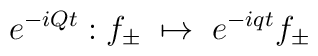
e^{-iQt} :        f_\pm  \; \mapsto \; e^{-iqt} f_\pm